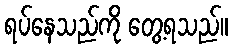
ရပ်နေသည်ကို တွေ့ရသည်။